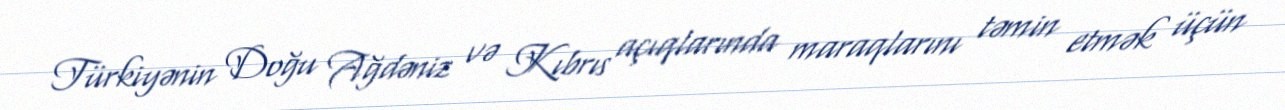
Türkiyənin Doğu Ağdəniz və Kıbrıs açıqlarında maraqlarını təmin etmək üçün